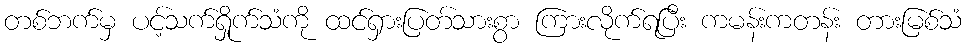
တစ်ဘက်မှ ပင့်သက်ရှိုက်သံကို ထင်ရှားပြတ်သားစွာ ကြားလိုက်ရပြီး ကမန်းကတန်း တားမြစ်သံ